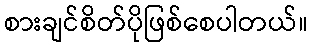
စားချင်စိတ်ပိုဖြစ်စေပါတယ်။